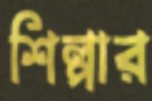
শিল্পার